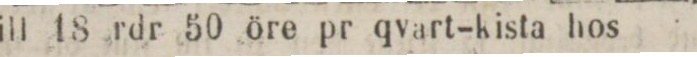
till 18 rdr 50 öre pr qvart-kista hos